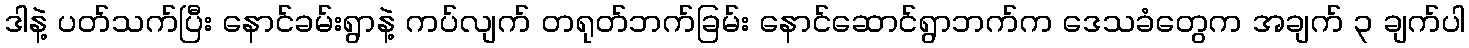
ဒါနဲ့ ပတ်သက်ပြီး နောင်ခမ်းရွာနဲ့ ကပ်လျက် တရုတ်ဘက်ခြမ်း နောင်ဆောင်ရွာဘက်က ဒေသခံတွေက အချက် ၃ ချက်ပါ